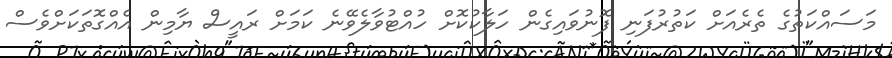
މަސައްކަތުގެ ތެރެއަށް ކަތުރުފަނި ފޮނުވައިގެން ހަލާކުކޮށް ހުއްޓުވާލެވޭނެ ކަމަށް ރައީސް ޔާމިން އެއްގޮތަކަށްވެސް